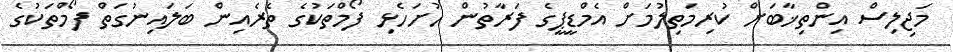
މަޖިލިސް އިންތިޚާބަށް ކުރިމަތިލުމަށް އެމްޑީޕީގެ ފަރާތުން ހުށަހެޅި ފޯމްތަކުގެ ތެރެއިން ބަލައިނުގަތް ފޯމްތަކުގެ